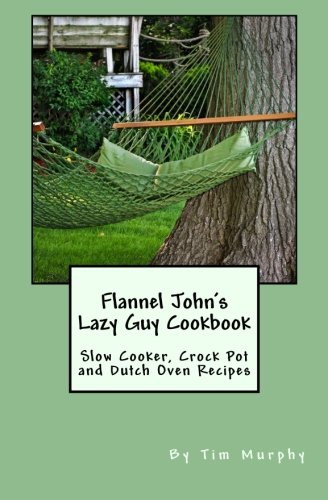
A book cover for Flannel John's Lazy Guy Cookbook: Slow Cooker, Crock Pot and Dutch Oven Recipes (Cookbooks for Guys); Tim Murphy; Cookbooks, Food & Wine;